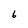
Character: 6